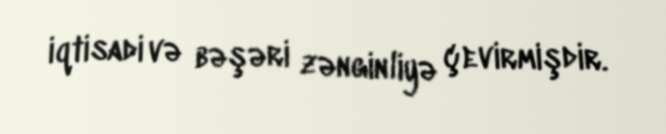
iqtisadi və bəşəri zənginliyə çevirmişdir.